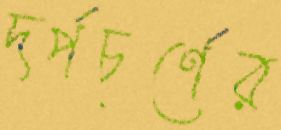
দর্পচূর্ণের